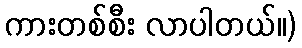
ကားတစ်စီး လာပါတယ်။)